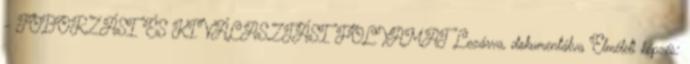
- TOBORZÁSI ÉS KIVÁLASZTÁSI FOLYAMAT Lezárva, dokumentálva Elméleti képzés: